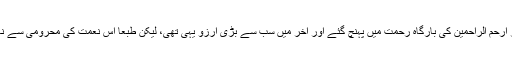
عقلاً اگرچہ خوشی ہونی چاہیے کہ دنیا کے مصائب سے نجات پاکر ارحم الراحمین کی بارگاہِ رحمت میں پہنچ گئے اور آخر میں سب سے بڑی آرزو یہی تھی، لیکن طبعاً اس نعمت کی محرومی سے ناقابلِ برداشت صدمہ ہے، بجز صبر وانقیاد اور کوئی چارہ کار نہیں۔